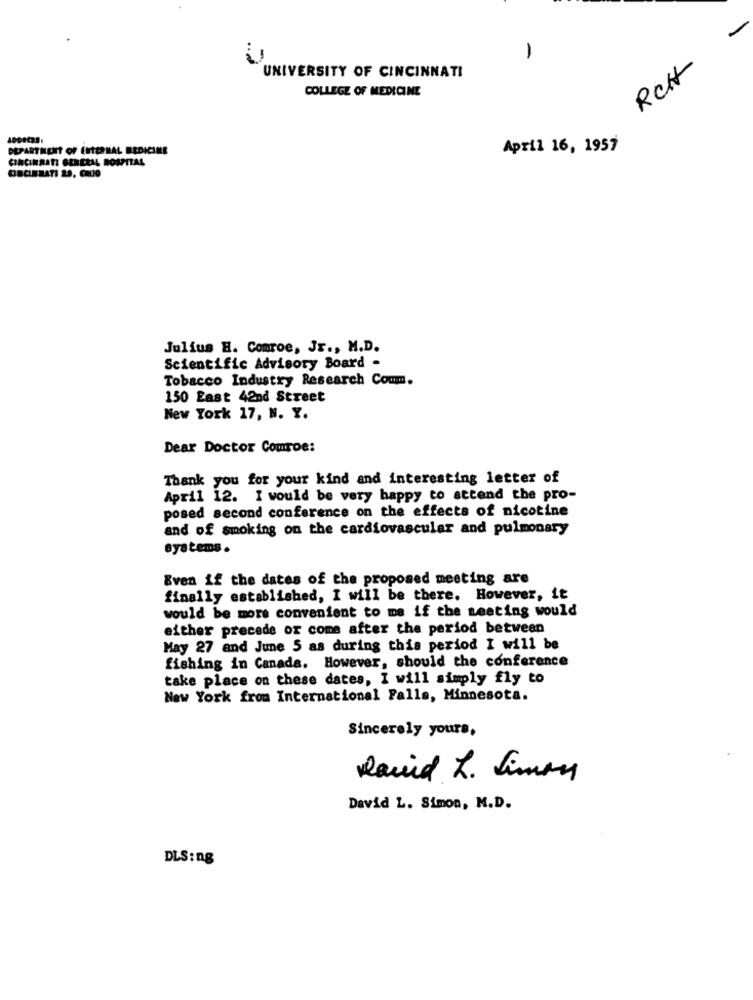
...
-
RCH
UNIVERSITY OF CINCINNATI
COLLEGE OF MEDICINE
DEPARTMENT OF ENTERNAL BEDICINE
April 16, 1957
CINCINNATI GENERAL HOSPITAL
CINCINNATI 2A, CRUIO
Julius H. Conroe, Jr ., M.D.
Scientific Advisory Board .
Tobacco Industry Research Comm.
150 East 42nd Street
New York 17, N. Y.
Dear Doctor Comroe:
Thank you for your kind and interesting letter of
April 12. I would be very happy to attend the pro-
posed second conference on the effects of nicotine
and of smoking on the cardiovascular and pulmonary
systems .
Even if the dates of the proposed meeting are
finally established, I will be there. However, it
would be more convenient to me if the meeting would
either precede or come after the period between
May 27 and June 5 as during this period I will be
fishing in Canada. However, should the conference
take place on these dates, I will simply fly to
New York from International Falls, Minnesota.
Sincerely yours,
Dawid L. Simon
David L. Simon, M.D.
DLS:ng